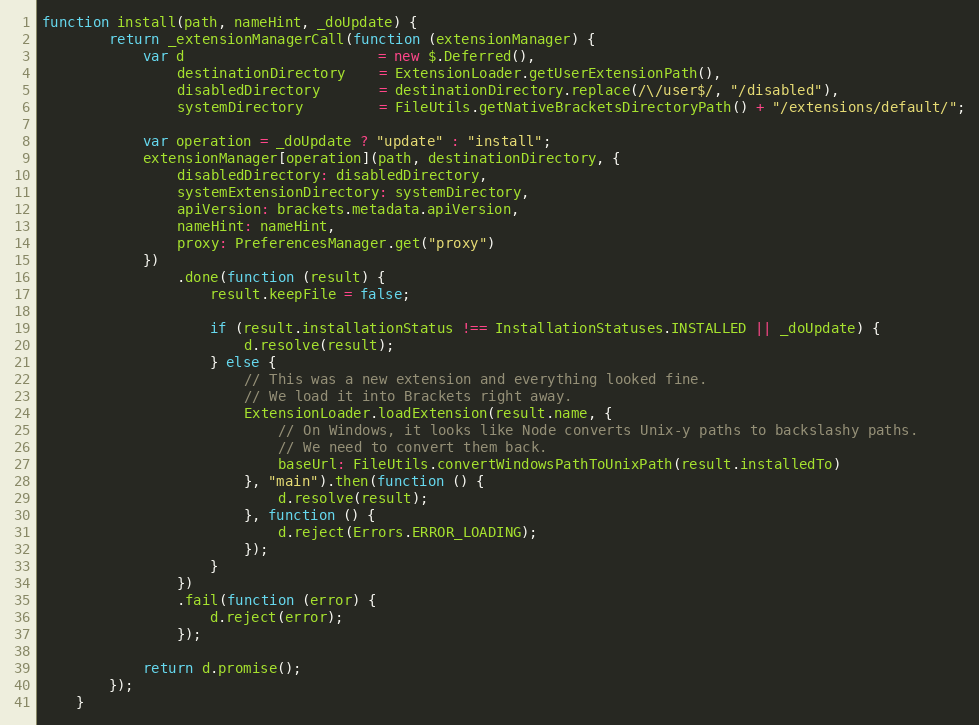
Language: JavaScript
function install(path, nameHint, _doUpdate) {
        return _extensionManagerCall(function (extensionManager) {
            var d                       = new $.Deferred(),
                destinationDirectory    = ExtensionLoader.getUserExtensionPath(),
                disabledDirectory       = destinationDirectory.replace(/\/user$/, "/disabled"),
                systemDirectory         = FileUtils.getNativeBracketsDirectoryPath() + "/extensions/default/";

            var operation = _doUpdate ? "update" : "install";
            extensionManager[operation](path, destinationDirectory, {
                disabledDirectory: disabledDirectory,
                systemExtensionDirectory: systemDirectory,
                apiVersion: brackets.metadata.apiVersion,
                nameHint: nameHint,
                proxy: PreferencesManager.get("proxy")
            })
                .done(function (result) {
                    result.keepFile = false;

                    if (result.installationStatus !== InstallationStatuses.INSTALLED || _doUpdate) {
                        d.resolve(result);
                    } else {
                        // This was a new extension and everything looked fine.
                        // We load it into Brackets right away.
                        ExtensionLoader.loadExtension(result.name, {
                            // On Windows, it looks like Node converts Unix-y paths to backslashy paths.
                            // We need to convert them back.
                            baseUrl: FileUtils.convertWindowsPathToUnixPath(result.installedTo)
                        }, "main").then(function () {
                            d.resolve(result);
                        }, function () {
                            d.reject(Errors.ERROR_LOADING);
                        });
                    }
                })
                .fail(function (error) {
                    d.reject(error);
                });

            return d.promise();
        });
    }